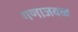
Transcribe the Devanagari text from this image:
गणाजवळ